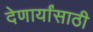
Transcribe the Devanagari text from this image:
देणार्यांसाठी